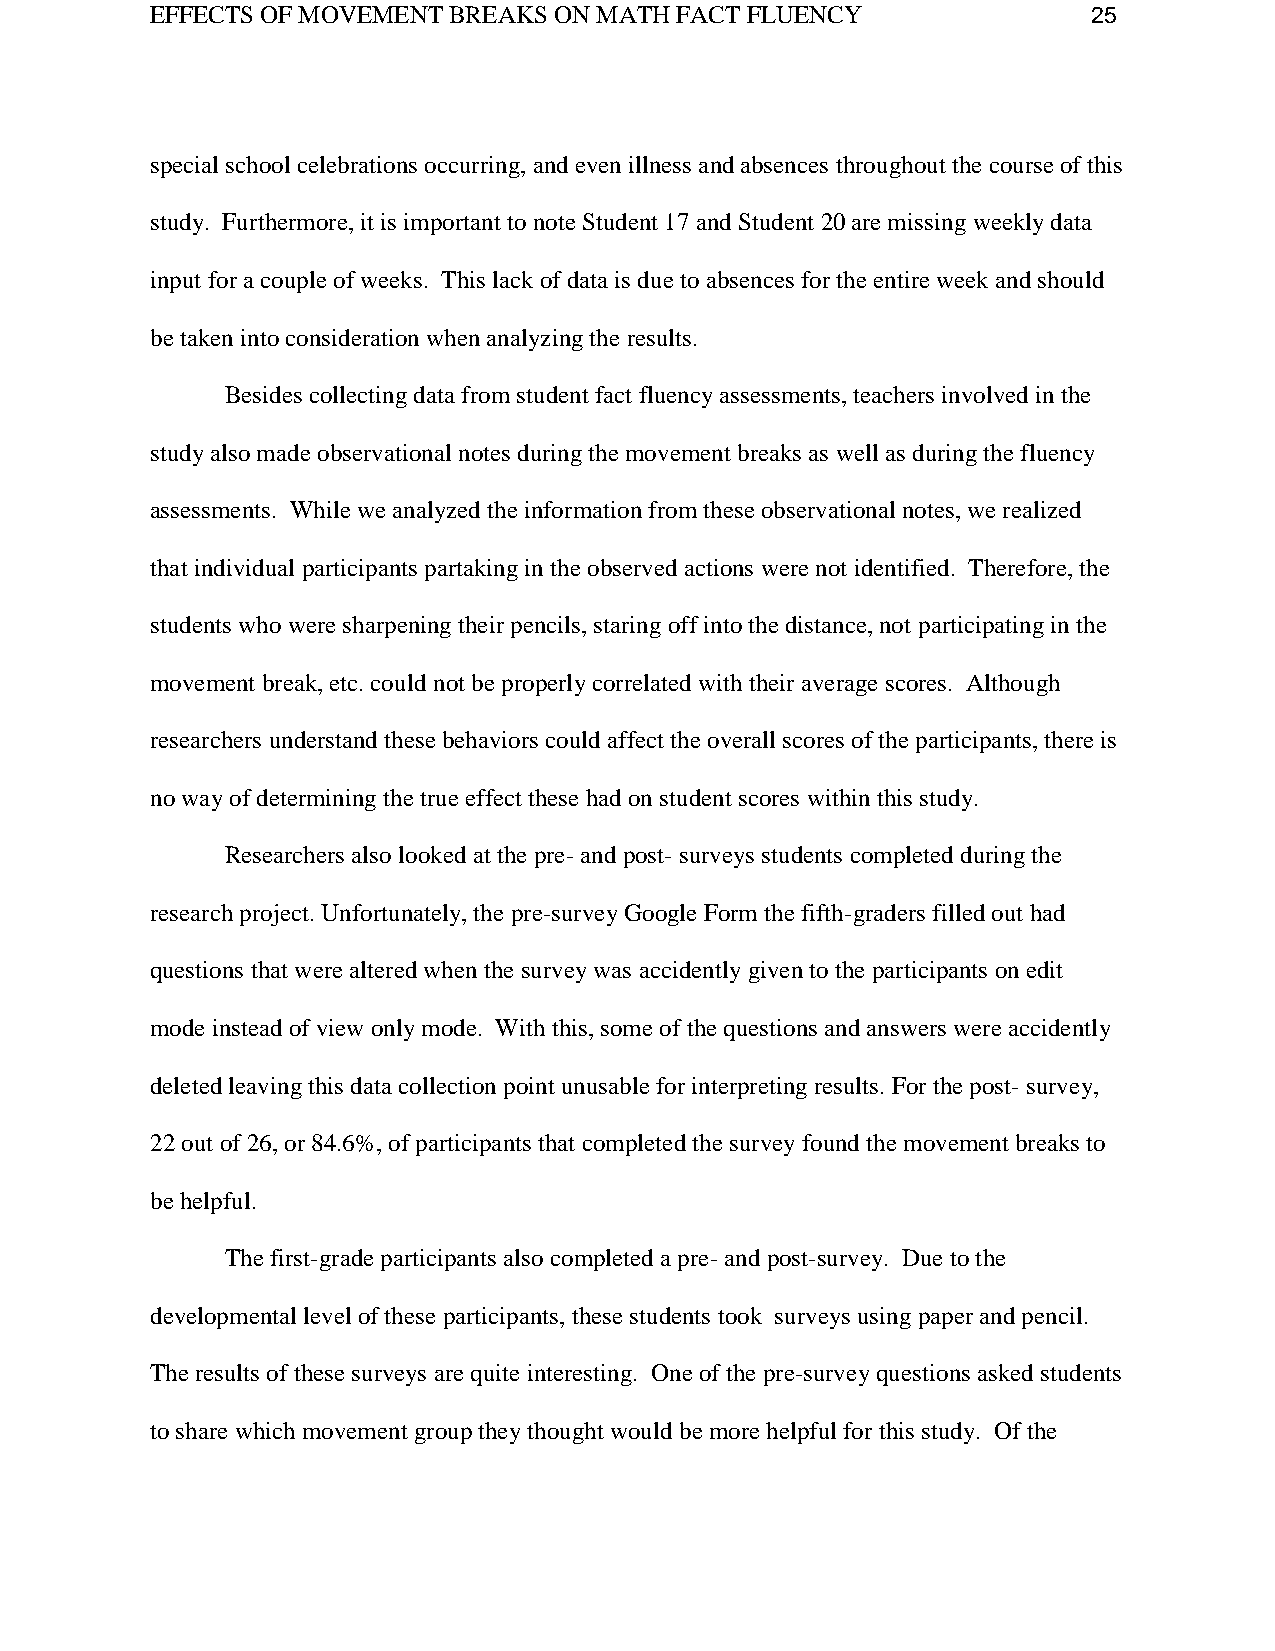
EFFECTS OF MOVEMENT BREAKS ON MATH FACT FLUENCY               25
 special school celebrations occurring, and even illness and absences throughout the course of this
 study. Furthermore, it is important to note Student 17 and Student 20 are missing weekly data
 input for a couple of weeks. This lack of data is due to absences for the entire week and should
 be taken into consideration when analyzing the results.
 Besides collecting data from student fact fluency assessments, teachers involved in the
 study also made observational notes during the movement breaks as well as during the fluency
 assessments. While we analyzed the information from these observational notes, we realized
 that individual participants partaking in the observed actions were not identified. Therefore, the
 students who were sharpening their pencils, staring off into the distance, not participating in the
 movement break, etc. could not be properly correlated with their average scores. Although
 researchers understand these behaviors could affect the overall scores of the participants, there is
 no way of determining the true effect these had on student scores within this study.
 Researchers also looked at the pre- and post- surveys students completed during the
 research project. Unfortunately, the pre-survey Google Form the fifth-graders filled out had
 questions that were altered when the survey was accidently given to the participants on edit
 mode instead of view only mode. With this, some of the questions and answers were accidently
 deleted leaving this data collection point unusable for interpreting results. For the post- survey,
 22 out of 26, or 84.6%, of participants that completed the survey found the movement breaks to
 be helpful.
 The first-grade participants also completed a pre- and post-survey. Due to the
 developmental level of these participants, these students took surveys using paper and pencil.
 The results of these surveys are quite interesting. One of the pre-survey questions asked students
 to share which movement group they thought would be more helpful for this study. Of the